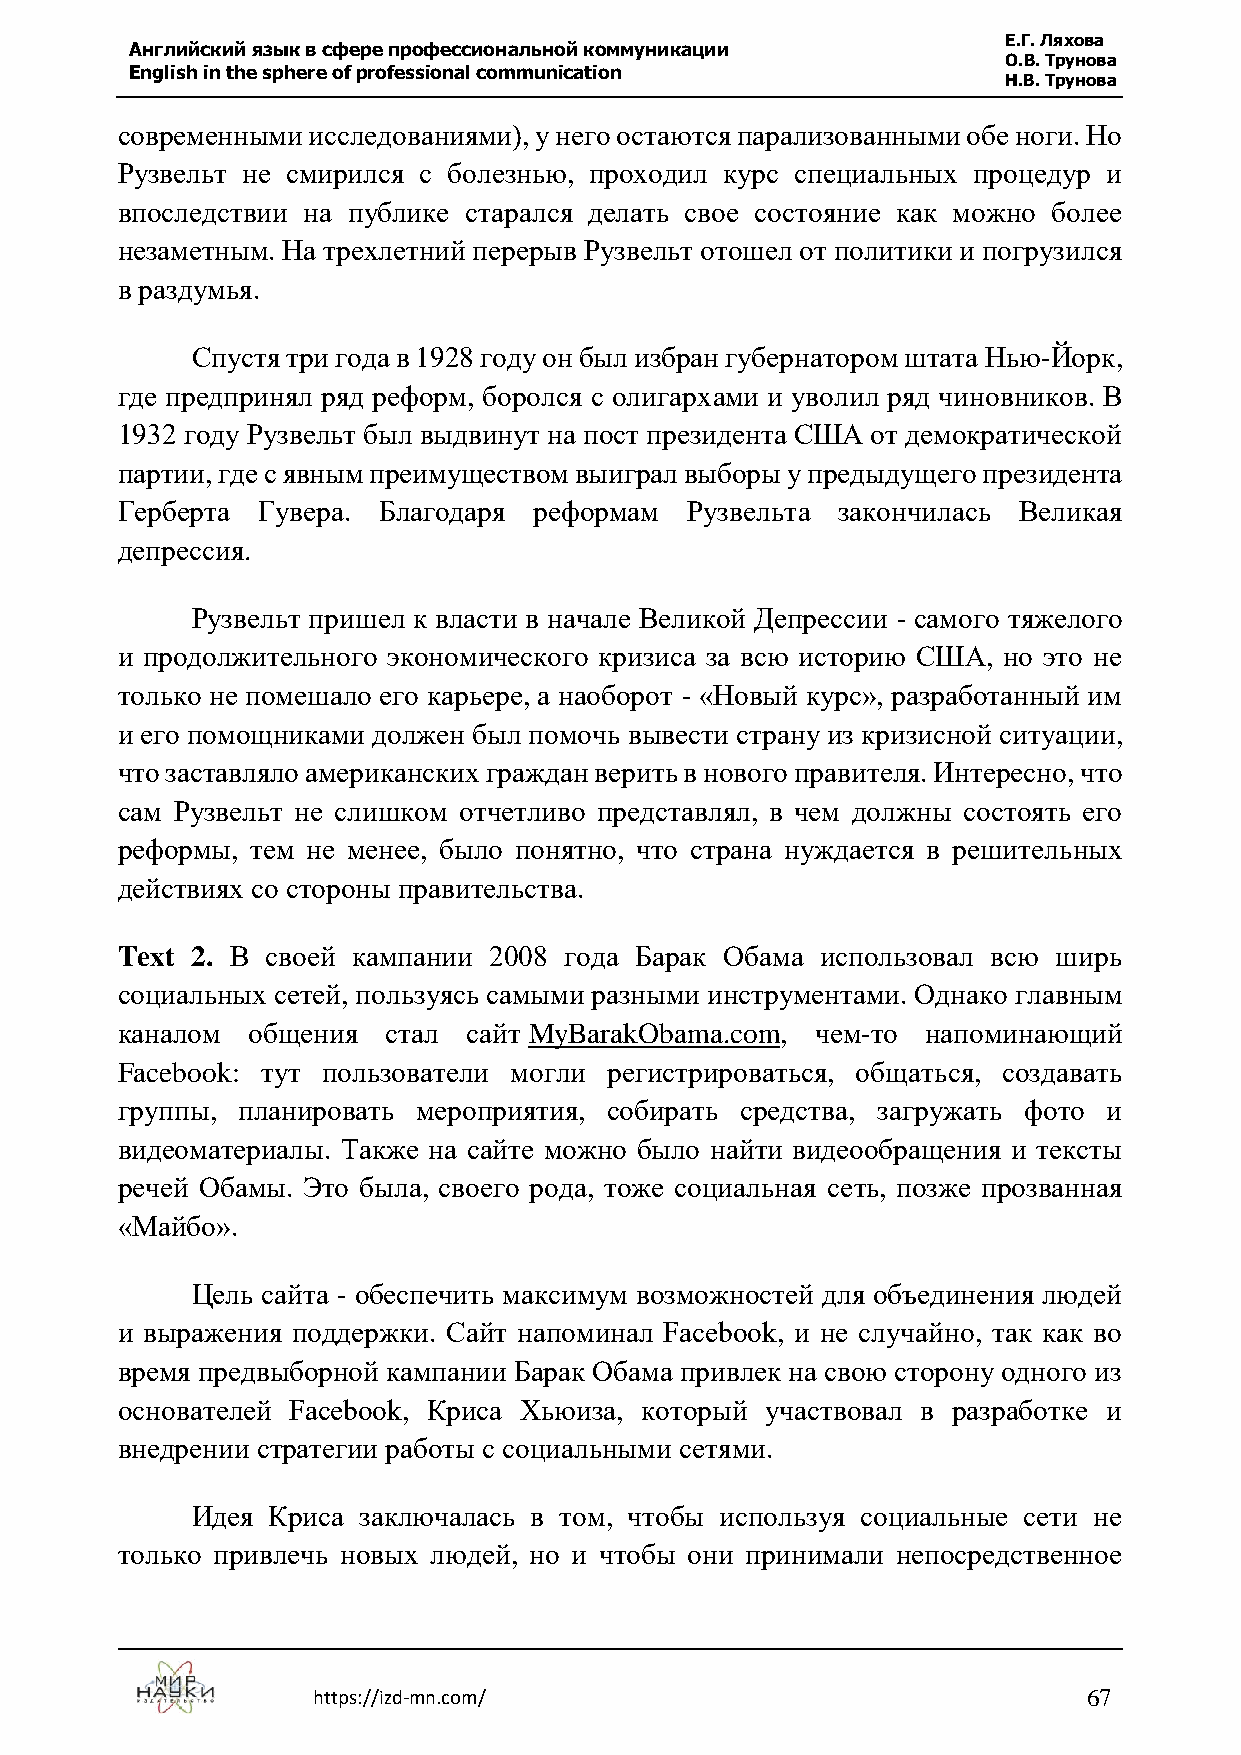
Е.Г. Ляхова
 Английский язык в сфере профессиональной коммуникации
 О.В. Трунова
 English in the sphere of professional communication
 Н.В. Трунова
 современными исследованиями), у него остаются парализованными обе ноги. Но
 Рузвельт не смирился с болезнью, проходил курс специальных процедур и
 впоследствии на публике старался делать свое состояние как можно более
 незаметным. На трехлетний перерыв Рузвельт отошел от политики и погрузился
 в раздумья.
 Спустя три года в 1928 году он был избран губернатором штата Нью-Йорк,
 где предпринял ряд реформ, боролся с олигархами и уволил ряд чиновников. В
 1932 году Рузвельт был выдвинут на пост президента США от демократической
 партии, где с явным преимуществом выиграл выборы у предыдущего президента
 Герберта Гувера. Благодаря реформам   Рузвельта закончилась Великая
 депрессия.
 Рузвельт пришел к власти в начале Великой Депрессии - самого тяжелого
 и продолжительного экономического кризиса за всю историю США, но это не
 только не помешало его карьере, а наоборот - «Новый курс», разработанный им
 и его помощниками должен был помочь вывести страну из кризисной ситуации,
 что заставляло американских граждан верить в нового правителя. Интересно, что
 сам Рузвельт не слишком отчетливо представлял, в чем должны состоять его
 реформы, тем не менее, было понятно, что страна нуждается в решительных
 действиях со стороны правительства.
 Text 2. В своей кампании 2008 года Барак Обама использовал всю ширь
 социальных сетей, пользуясь самыми разными инструментами. Однако главным
 каналом общения   стал сайт MyBarakObama.com, чем-то напоминающий
 Facebook: тут пользователи могли регистрироваться, общаться, создавать
 группы, планировать мероприятия, собирать средства, загружать фото и
 видеоматериалы. Также на сайте можно было найти видеообращения и тексты
 речей Обамы. Это была, своего рода, тоже социальная сеть, позже прозванная
 «Майбо».
 Цель сайта - обеспечить максимум возможностей для объединения людей
 и выражения поддержки. Сайт напоминал Facebook, и не случайно, так как во
 время предвыборной кампании Барак Обама привлек на свою сторону одного из
 основателей Facebook, Криса Хьюиза, который участвовал в разработке и
 внедрении стратегии работы с социальными сетями.
 Идея Криса заключалась в том, чтобы используя социальные сети не
 только привлечь новых людей, но и чтобы они принимали непосредственное
 https://izd-mn.com/                                67